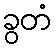
ခွတံ